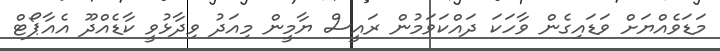
މަޑަވެއްޔަށް ވަޑައިގެން ވާހަކަ ދައްކަވަމުން ރައީސް ޔާމީން މިއަދު ވިދާޅުވީ ކާޑެއްދޫ އެއާޕޯޓް